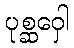
ပုစ္ဆဝှေါ